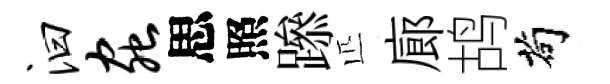
汩虫思照𨅶匹廊鸪茍